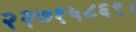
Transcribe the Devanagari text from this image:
२२७१५८६९।